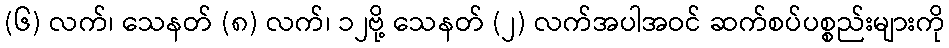
(၆) လက်၊ သေနတ် (၈) လက်၊ ၁၂ဗို့ သေနတ် (၂) လက်အပါအဝင် ဆက်စပ်ပစ္စည်းများကို